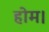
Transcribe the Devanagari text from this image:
होम।